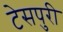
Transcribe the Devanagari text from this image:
टेसपुरी